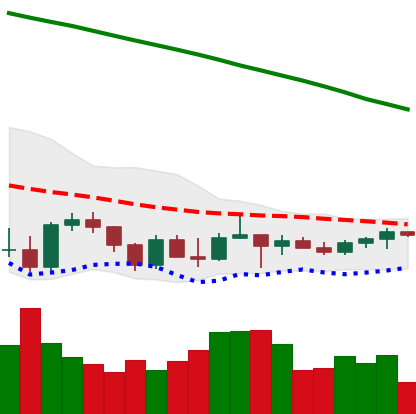
Ticker: TRX-USD
Chart end date: 2022-03-17
Forward return: 4.295%
Label: up_3_5